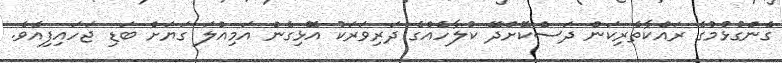
ގެންގުޅުމުގެ ރައްކާތެރިކަން ދަސްކޮށްދޭ ކުލާހެއްގެ ދަރިވަރަކު އޮޅިގެން އަމިއްލަ ގަޔަށް ބަޑި ޖަހައިފިއެވެ.